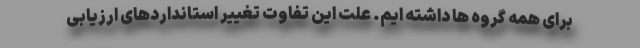
برای همه گروه ها داشته ایم. علت این تفاوت تغییر استانداردهای ارزیابی